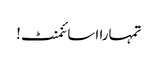
تمہارا اسائنمنٹ!